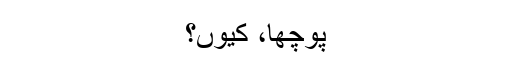
پوچھا، کیوں؟